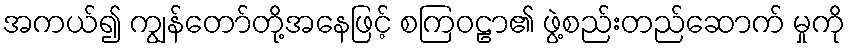
အကယ်၍ ကျွန်တော်တို့အနေဖြင့် စကြဝဠာ၏ ဖွဲ့စည်းတည်ဆောက် မှုကို